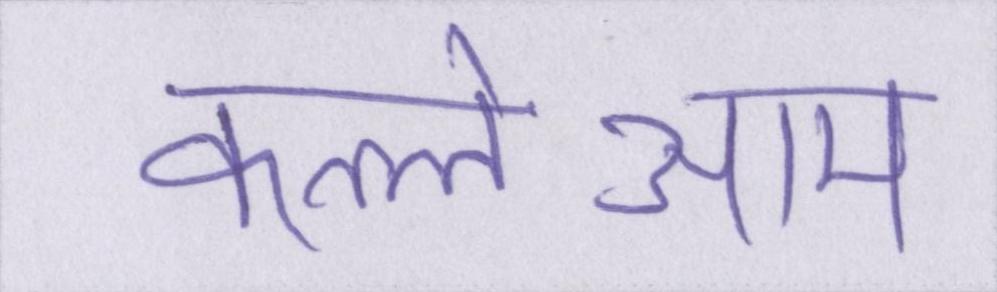
कत्लेआम